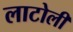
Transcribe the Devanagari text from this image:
लाटोली